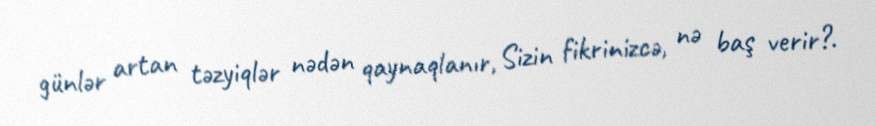
günlər artan təzyiqlər nədən qaynaqlanır, Sizin fikrinizcə, nə baş verir?.